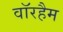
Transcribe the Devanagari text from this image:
वॉरहैम